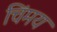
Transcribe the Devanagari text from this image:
चिंमय